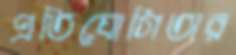
প্রতিযোগিতার